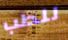
للطب